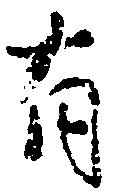
有